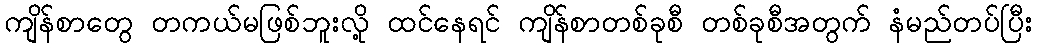
ကျိန်စာတွေ တကယ်မဖြစ်ဘူးလို့ ထင်နေရင် ကျိန်စာတစ်ခုစီ တစ်ခုစီအတွက် နံမည်တပ်ပြီး